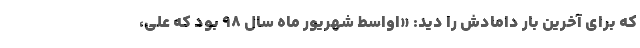
که برای آخرین بار دامادش را دید: «اواسط شهریور ماه سال ۹۸ بود که علی،